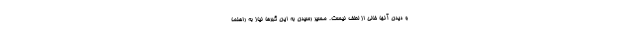
و دیدن آنها خالی از لطف نیست. مسیر رسیدن به این گبرها نیاز به راهنما